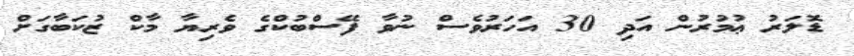
ޑޮލަރު ޢުމުރުން އަދި 30 އަހަރުވެސް ނުވާ ފޭސްބުކްގެ ވެރިޔާ މާކް ޒުކަބާގަށް